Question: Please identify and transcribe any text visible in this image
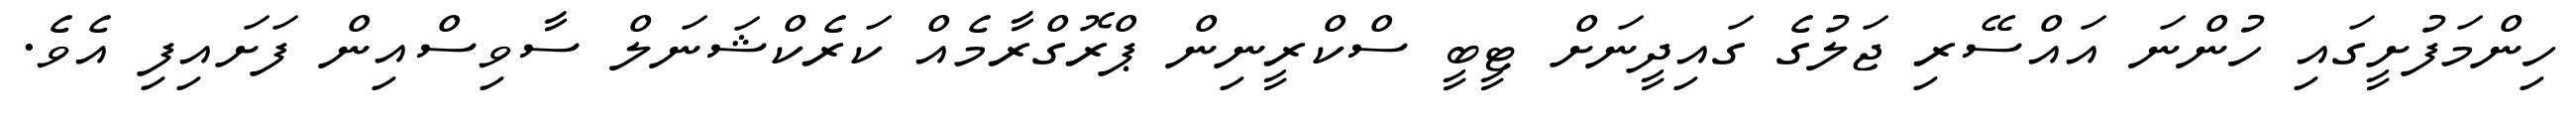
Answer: ހިންމަފުށީގައި ހުންނަ އައްސޭރި ޖަލުގެ ގައިދީނަށް ޓީބީ ސްކްރީނިން ޕްރޮގްރާމެއް ކަރެކްޝަނަލް ސާވިސްއިން ފަށައިފި އެވެ.